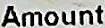
AMOUNT